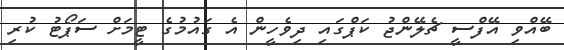
ބޭއްވި އޭފްސީ ޗެލޭންޖު ކަޕްގައި ދިވެހީން އެ ގައުމުގެ ޓީމަށް ސަޕޯޓު ކުރި